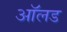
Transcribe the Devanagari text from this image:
आॅलड